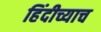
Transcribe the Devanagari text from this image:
हिंदीच्याच